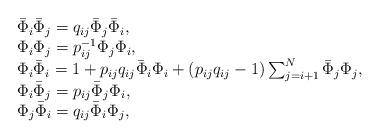
LaTeX: \begin{align*}\begin{array}{l}\bar{\Phi}_{i}\bar{\Phi}_{j}=q_{ij}\bar{\Phi}_{j}\bar{\Phi}_{i},\\\Phi_{i}\Phi_{j}=p_{ij}^{-1}\Phi_{j}\Phi_{i},\\\Phi_{i}\bar{\Phi}_{i}=1+p_{ij}q_{ij}\bar{\Phi}_{i}\Phi_{i}+(p_{ij}q_{ij}-1)\sum_{j=i+1}^{N}\bar{\Phi}_{j}\Phi_{j},\\\Phi_{i}\bar{\Phi}_{j}=p_{ij}\bar{\Phi}_{j}\Phi_{i},\\\Phi_{j}\bar{\Phi}_{i}=q_{ij}\bar{\Phi}_{i}\Phi_{j},\end{array}\end{align*}